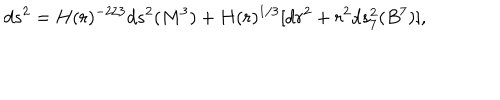
d s ^ { 2 } = H ( r ) ^ { - 2 / 3 } d s ^ { 2 } ( M ^ { 3 } ) + H ( r ) ^ { 1 / 3 } [ d r ^ { 2 } + r ^ { 2 } d s _ { 7 } ^ { 2 } ( B ^ { 7 } ) ] ,